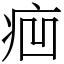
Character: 㾎